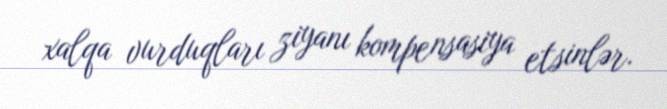
xalqa vurduqları ziyanı kompensasiya etsinlər.